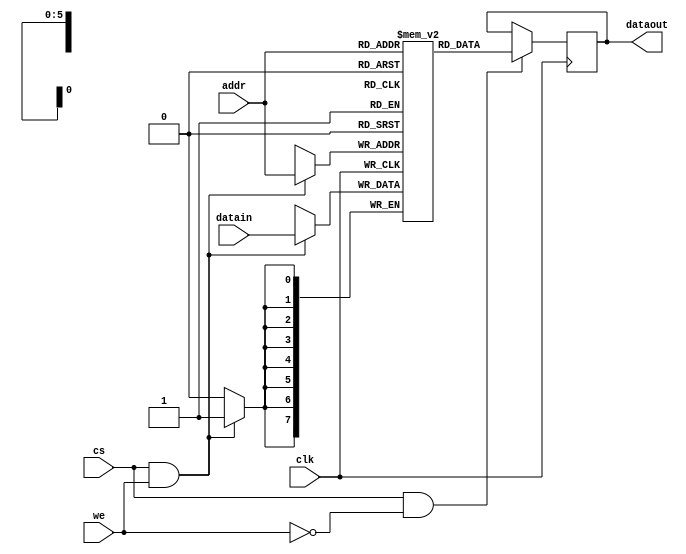
`timescale 1ns / 1ps

module ram_single_port(
    input clk,cs,we,
    input [7:0] datain,
    output [7:0] dataout,
    input [5:0] addr
    );
//    memory creating with depth 64
reg [7:0]mem[63:0];

always@(posedge clk)
begin
    if(cs&&we)
        mem[addr]<=datain;
end

reg [7:0]temp;
always@(posedge clk)
begin
    if(cs&&!we)
        temp<=mem[addr];
end

assign dataout=temp;


endmodule